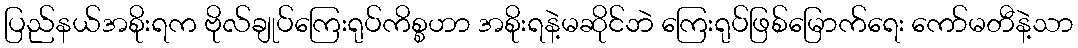
ပြည်နယ်အစိုးရက ဗိုလ်ချုပ်ကြေးရုပ်ကိစ္စဟာ အစိုးရနဲ့မဆိုင်ဘဲ ကြေးရုပ်ဖြစ်မြောက်ရေး ကော်မတီနဲ့သာ